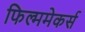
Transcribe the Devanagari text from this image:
फिल्ममेकर्स